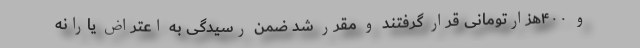
و ۴۰۰هزارتومانی قرار گرفتند و مقرر شد ضمن رسیدگی به اعتراض یارانه